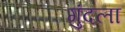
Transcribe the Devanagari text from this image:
गुंदला